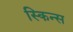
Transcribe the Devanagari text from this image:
स्किन्स